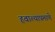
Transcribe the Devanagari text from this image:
हवाल्याप्रमाणे